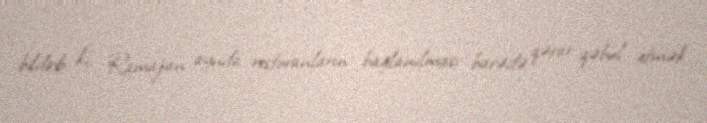
bildirib ki, Ramazan aynda restoranların bağlanılması barədə qərar qəbul etmək